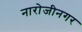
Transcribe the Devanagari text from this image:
नारोजीनगर